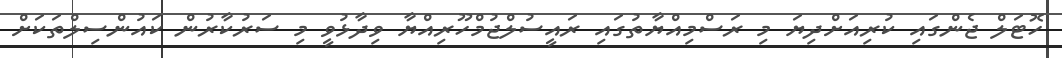
ހޮޓަލް ޖެންގައި ކުރިއަށްދިޔަ މި ރަސްމިއްޔާތުގައި ރައީސުލްޖުމްހޫރިއްޔާ ވިދާޅުވީ މި ސަރުކާރުން ކައުންސިލްތަކަށް